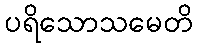
ပရိသောသမေတိ